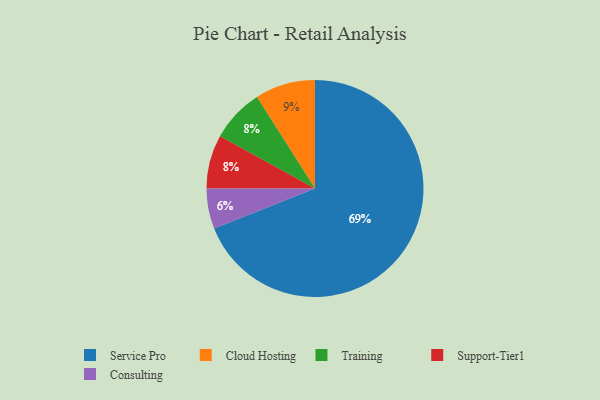
{"axis": {"x": "Category", "y": "Percentage"}, "legend": ["Cloud Hosting", "Consulting", "Service Pro", "Support-Tier1", "Training"], "data": [{"x": "Training", "y": 8, "type": "Training"}, {"x": "Cloud Hosting", "y": 9, "type": "Cloud Hosting"}, {"x": "Service Pro", "y": 69, "type": "Service Pro"}, {"x": "Consulting", "y": 6, "type": "Consulting"}, {"x": "Support-Tier1", "y": 8, "type": "Support-Tier1"}]}